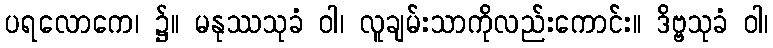
ပရလောကေ၊ ၌။ မနုဿသုခံ ဝါ၊ လူချမ်းသာကိုလည်းကောင်း။ ဒိဗ္ဗသုခံ ဝါ၊